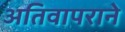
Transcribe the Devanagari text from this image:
अतिवापराने